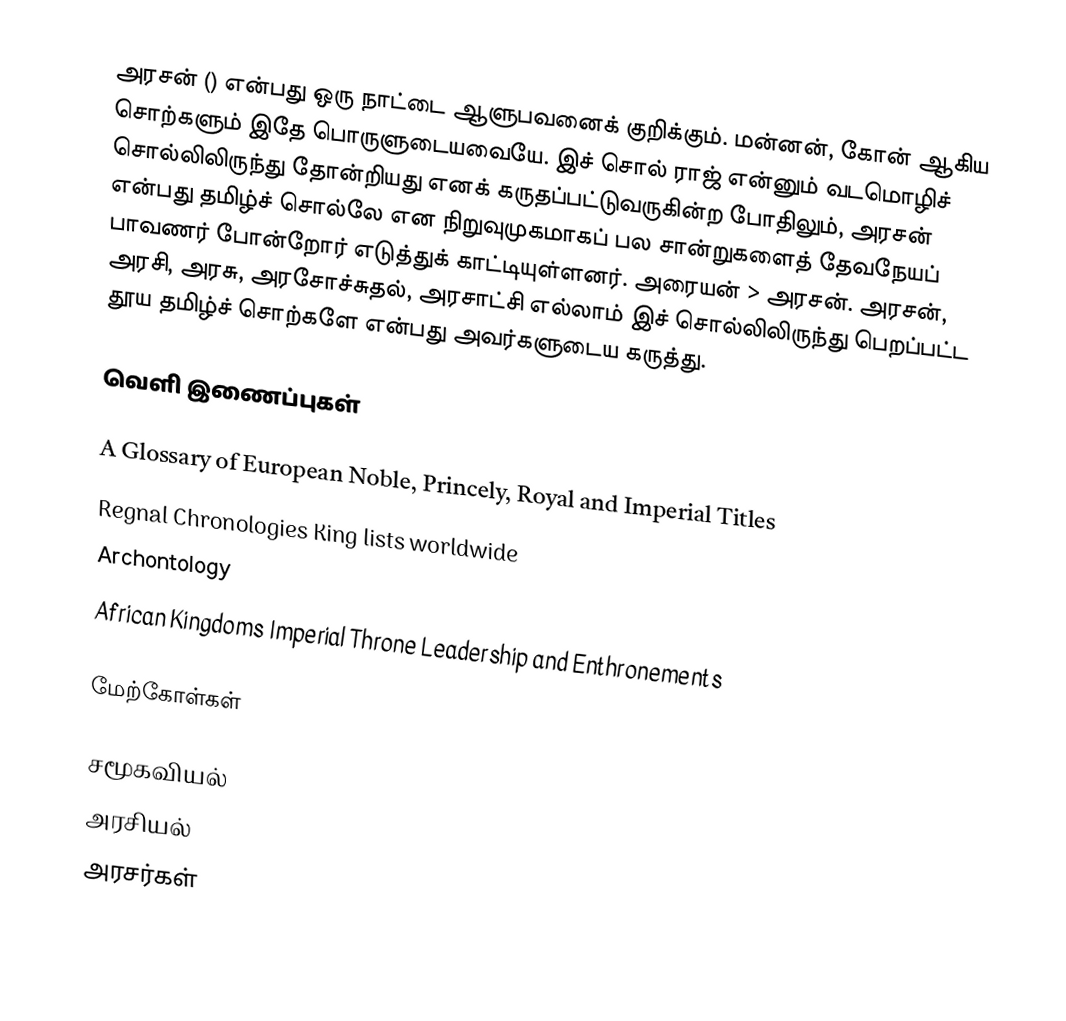
அரசன் () என்பது ஒரு நாட்டை ஆளுபவனைக் குறிக்கும். மன்னன், கோன் ஆகிய சொற்களும் இதே பொருளுடையவையே. இச் சொல் ராஜ் என்னும் வடமொழிச் சொல்லிலிருந்து தோன்றியது எனக் கருதப்பட்டுவருகின்ற போதிலும், அரசன் என்பது தமிழ்ச் சொல்லே என நிறுவுமுகமாகப் பல சான்றுகளைத் தேவநேயப் பாவணர் போன்றோர் எடுத்துக் காட்டியுள்ளனர். அரையன் > அரசன். அரசன், அரசி, அரசு, அரசோச்சுதல், அரசாட்சி எல்லாம் இச் சொல்லிலிருந்து பெறப்பட்ட தூய தமிழ்ச் சொற்களே என்பது அவர்களுடைய கருத்து.

வெளி இணைப்புகள்

A Glossary of European Noble, Princely, Royal and Imperial Titles
Regnal Chronologies  King lists worldwide
Archontology
African Kingdoms Imperial Throne Leadership and Enthronements

மேற்கோள்கள்

சமூகவியல்
அரசியல்
அரசர்கள்